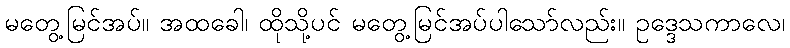
မတွေ့မြင်အပ်။ အထခေါ၊ ထိုသို့ပင် မတွေ့မြင်အပ်ပါသော်လည်း။ ဥဒ္ဒေသကာလေ၊